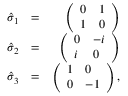
\begin{array} { r l r } { \hat { \sigma } _ { 1 } } & { = } & { \left( \begin{array} { l l } { 0 } & { 1 } \\ { 1 } & { 0 } \end{array} \right) } \\ { \hat { \sigma } _ { 2 } } & { = } & { \left( \begin{array} { l l } { 0 } & { - i } \\ { i } & { 0 } \end{array} \right) } \\ { \hat { \sigma } _ { 3 } } & { = } & { \left( \begin{array} { l l } { 1 } & { 0 } \\ { 0 } & { - 1 } \end{array} \right) , } \end{array}